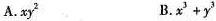
A.xy^{2} B.$$x^{3}+y^{3}$$